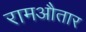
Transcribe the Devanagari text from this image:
रामऔतार